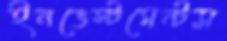
ইনভেস্টমেন্টস